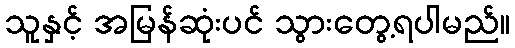
သူနှင့် အမြန်ဆုံးပင် သွားတွေ့ရပါမည်။